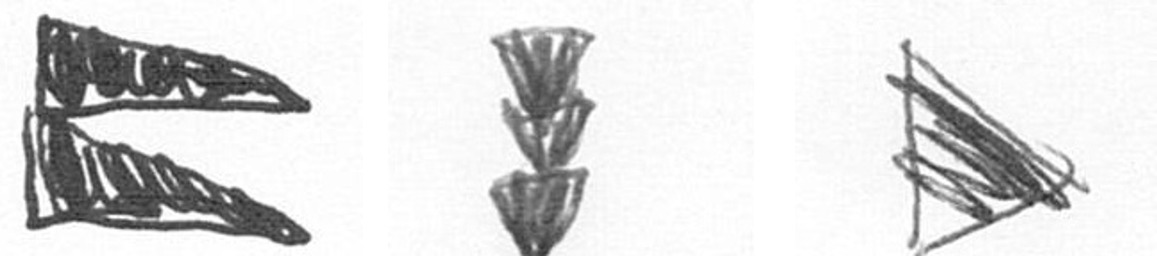
P E T